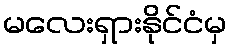
မလေးရှားနိုင်ငံမှ